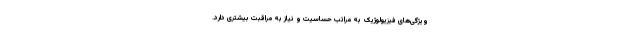
ویژگی‌های فیزیولوژیک به مراتب حساسیت و نیاز به مراقبت بیشتری دارد.